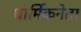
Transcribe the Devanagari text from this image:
धार्मिकनेता